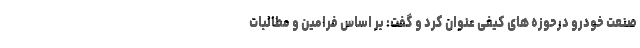
صنعت خودرو در‌حوزه های کیفی عنوان کرد و گفت: بر اساس فرامین و مطالبات